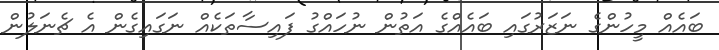
ބައެއް މީހުންގެ ނަޒަރުގައި ބައެއްގެ އަތުން ނުހައްގު ފައިސާތަކެއް ނަގައިގެން އެ ޗެނަލުން